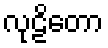
လုဠိတော